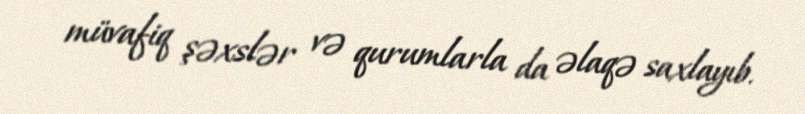
müvafiq şəxslər və qurumlarla da əlaqə saxlayıb.